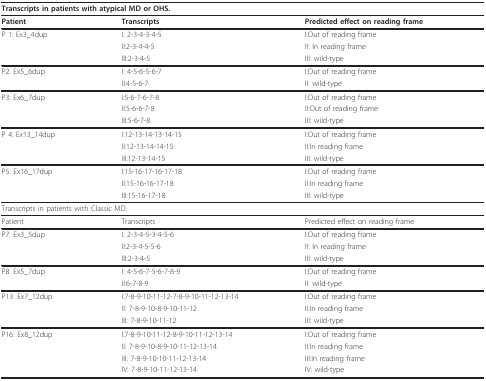
| <COLSPAN=3> Transcripts in patients with atypical MD or OHS. |
 | --- | --- | --- |
 | Patient | Transcripts | Predicted effect on reading frame |
 | P 1: Ex3_4dup | I: 2-3-4-3-4-5 | I:Out of reading frame |
 |  | II:2-3-4-4-5 | II: In reading frame |
 |  | III:2-3-4-5 | III: wild-type |
 | P2: Ex5_6dup | I: 4-5-6-5-6-7 | I:Out of reading frame |
 |  | II:4-5-6-7 | II: wild-type |
 | P3: Ex6_7dup | I:5-6-7-6-7-8 | I:Out of reading frame |
 |  | II:5-6-6-7-8 | II:Out of reading frame |
 |  | III:5-6-7-8 | III: wild-type |
 | P 4: Ex13_14dup | I:12-13-14-13-14-15 | I:Out of reading frame |
 |  | II:12-13-14-14-15 | II:In reading frame |
 |  | III:12-13-14-15 | III: wild-type |
 | P5: Ex16_17dup | I:15-16-17-16-17-18 | I:Out of reading frame |
 |  | II:15-16-16-17-18 | II:In reading frame |
 |  | III:15-16-17-18 | III: wild-type |
 | <COLSPAN=3> Transcripts in patients with Classic MD. |
 | Patient | Transcripts | Predicted effect on reading frame |
 | P7: Ex3_5dup | I: 2-3-4-5-3-4-5-6 | I:Out of reading frame |
 |  | II:2-3-4-5-5-6 | II: In reading frame |
 |  | III:2-3-4-5 | III: wild-type |
 | P8: Ex5_7dup | I: 4-5-6-7-5-6-7-8-9 | I:Out of reading frame |
 |  | II:6-7-8-9 | II: wild-type |
 | P13: Ex7_12dup | I:7-8-9-10-11-12-7-8-9-10-11-12-13-14 | I:Out of reading frame |
 |  | II: 7-8-9-10-8-9-10-11-12 | II:In reading frame |
 |  | III: 7-8-9-10-11-12 | III: wild-type |
 | P16: Ex8_12dup | I:7-8-9-10-11-12-8-9-10-11-12-13-14 | I:Out of reading frame |
 |  | II: 7-8-9-10-8-9-10-11-12-13-14 | II:In reading frame |
 |  | III: 7-8-9-10-10-11-12-13-14 | III:In reading frame |
 |  | IV: 7-8-9-10-11-12-13-14 | IV: wild-type |